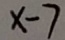
x - 7